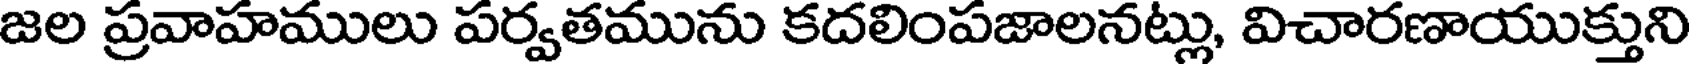
జల ప్రవాహములు పర్వతమును కదలింపజాలనట్లు, విచారణాయుక్తుని